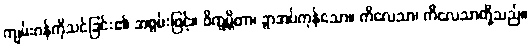
ကျမ်းဂန်ကိုသင်ခြင်း၏ အစွမ်းဖြင့်။ ဝိက္ခမ္ဘိတာ၊ ခွာအပ်ကုန်သော။ ကိလေသာ၊ ကိလေသာတို့သည်။